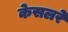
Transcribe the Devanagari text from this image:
केसलरे